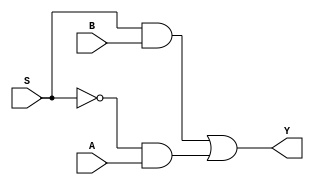
module mux2_1 (
    input S,
    input A,
    input B,
    output Y
);

assign Y = (S & B) | (~S & A);

endmodule